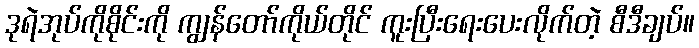
ဒုရဲအုပ်ကိုစိုင်းကို ကျွန်တော်ကိုယ်တိုင် ကူးပြီးရေးပေးလိုက်တဲ့ စီဒီချပ်။